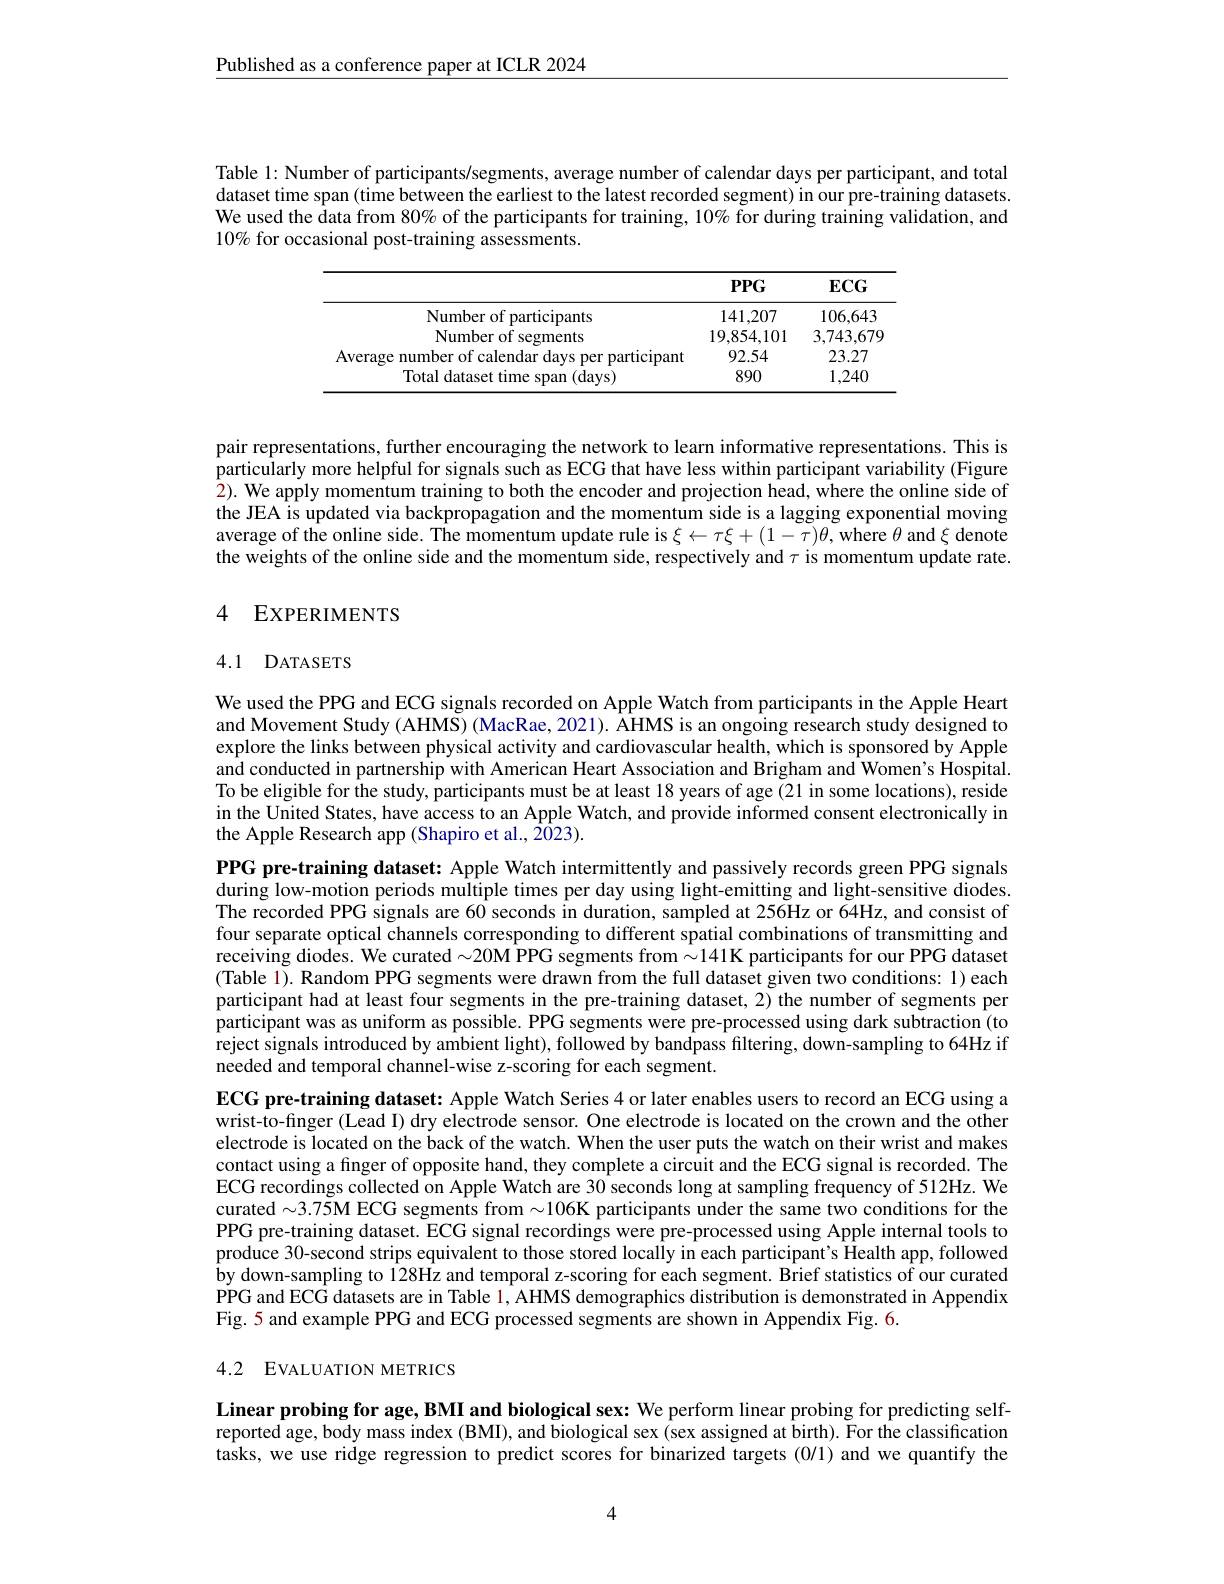
$\underline{\text{Published as a conference paper at ICLR 2024}}$

Table 1: Number of participants/segments, average number of calendar days per participant, and total dataset time span (time between the earliest to the latest recorded segment) in our pre-training datasets. We used the data from 80% of the participants for training, $10\%\tilde{\text{forduringtrainingvalidation,and}}$ 10% for occasional post-training assessments.

<table>
	<tbody>
		<tr>
			<th> </th>
			<th>$PPG$</th>
			<th>$ECG$</th>
		</tr>
		<tr>
			<td>Number of participants</td>
			<td>141,207</td>
			<td>106,643</td>
		</tr>
		<tr>
			<td>Number 0 rments</td>
			<td>19.854.101</td>
			<td>3,743.679</td>
		</tr>
		<tr>
			<td>clbant</td>
			<td>92.54</td>
			<td>23.27</td>
		</tr>
		<tr>
			<td>|iotal datace 1An $(davs^{\prime})$</td>
			<td>890</td>
			<td>1,240</td>
		</tr>
	</tbody>
</table>

pair representations, further encouraging the network to learn informative representations. This is particularly more helpful for signals such as ECG that have less within participant variability (Figure 2). We apply momentum training to both the encoder and projection head, where the online side of the JEA is updated via backpropagation and the momentum side is a lagging exponential moving average of the online side. The momentum update rule is $\xi\leftarrow\tau\xi+(1-\tau)\theta$, where $\theta$ and $\xi$ denote the weights of the online side and the momentum side, respectively and $\tau$ is momentum update rate.

### 4 EXPERIMENTS

### 4.1 DATASETS

We used the PPG and ECG signals recorded on Apple Watch from participants in the Apple Heart and Movement Study (AHMS) (MacRae, 2021). AHMS is an ongoing research study designed to explore the links between physical activity and cardiovascular health, which is sponsored by Apple and conducted in partnership with American Heart Association and Brigham and Women's Hospital. To be eligible for the study, participants must be at least 18 years of age (21 in some locations), reside in the United States, have access to an Apple Watch, and provide informed consent electronically in the Apple Research app (Shapiro et al., 2023).
PPG pre-training dataset: Apple Watch intermittently and passively records green PPG signals during low-motion periods multiple times per day using light-emitting and light-sensitive diodes The recorded PPG signals are 60 seconds in duration, sampled at 256Hz or 64Hz, and consist of four separate optical channels corresponding to different spatial combinations of transmitting and receiving diodes. We curated $\sim20$M PPG segments from $\sim141$K participants for our PPG dataset (Table 1). Random PPG segments were drawn from the full dataset given two conditions: 1) each participant had at least four segments in the pre-training dataset, 2) the number of segments per participant was as uniform as possible. PPG segments were pre-processed using dark subtraction (to reject signals introduced by ambient light), followed by bandpass filtering, down-sampling to 64Hz if needed and temporal channel-wise z-scoring for each segment.
ECG pre-training dataset: Apple Watch Series 4 or later enables users to record an ECG using a wrist-to-finger (Lead I) dry electrode sensor. One electrode is located on the crown and the other electrode is located on the back of the watch. When the user puts the watch on their wrist and makes contact using a finger of opposite hand, they complete a circuit and the ECG signal is recorded. The ECG recordings collected on Apple Watch are 30 seconds long at sampling frequency of 512Hz. We curated $\sim3.75$M ECG segments from $\sim106$K participants under the same two conditions for the PPG pre-training dataset. ECG signal recordings were pre-processed using Apple internal tools to produce 30-second strips equivalent to those stored locally in each participant's Health app, followed by down-sampling to 128Hz and temporal z-scoring for each segment. Brief statistics of our curated PPG and ECG datasets are in Table 1, AHMS demographics distribution is demonstrated in Appendix Fig.5 and example PPG and ECG processed segments are shown in Appendix Fig. 6.

## 4.2 EVALUATION METRICS

Linear probing for age, BMI and biological sex: We perform linear probing for predicting selfreported age, body mass index (BMI), and biological sex (sex assigned at birth). For the classification tasks, we use ridge regression to predict scores for binarized targets (0/1) and we quantify the

4